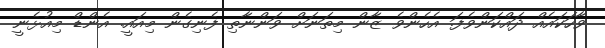
ވާހަކައެއް ދައްކަންވެފަ. އެހެންވެ ޒާން މިތަނަށް ވަންނާތި ފެނިގެން މިއައީ. އެންޑް މިއުޅެނީ